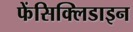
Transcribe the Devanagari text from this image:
फेंसिक्लिडाइन